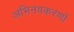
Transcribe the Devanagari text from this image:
अभिनवकरणों